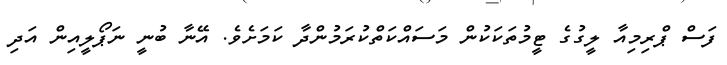
ފަސް ޕްރިމިއާ ލީގުގެ ޓީމުތަކަކުން މަސައްކަތްކުރަމުންދާ ކަމަށެވެ. އޭނާ ބުނީ ނަޕޯލީއިން އަދި